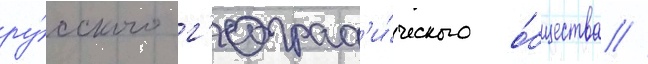
ру́сского г'еограф'и́ческого о́бщества //